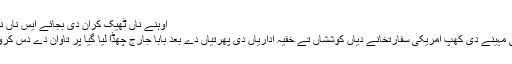
اوہنے ناں ٹھیک کران دی بجائے ایس ناں نوں اپنالیا سی
میڈیا دی کئی مہینے دی کھپ امریکی سفارتخانے دیاں کوششاں تے خفیہ اداریاں دی پھرتیاں دے بعد بابا جارج چھڈا لیا گیا پر تاوان دے دس کروڑ دے کے ۔